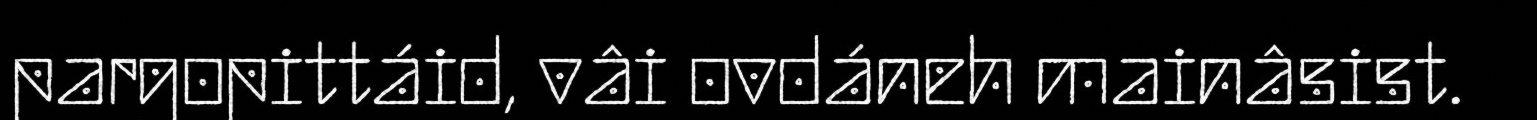
pargopittáid, vâi ovdáneh mainâsist.